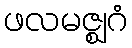
ဖလမဇ္ဈဂံ